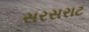
સરસરાટ